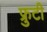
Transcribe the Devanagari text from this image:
फ्रुटी